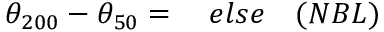
\theta _ { 2 0 0 } - \theta _ { 5 0 } = \quad e l s e \quad ( N B L )